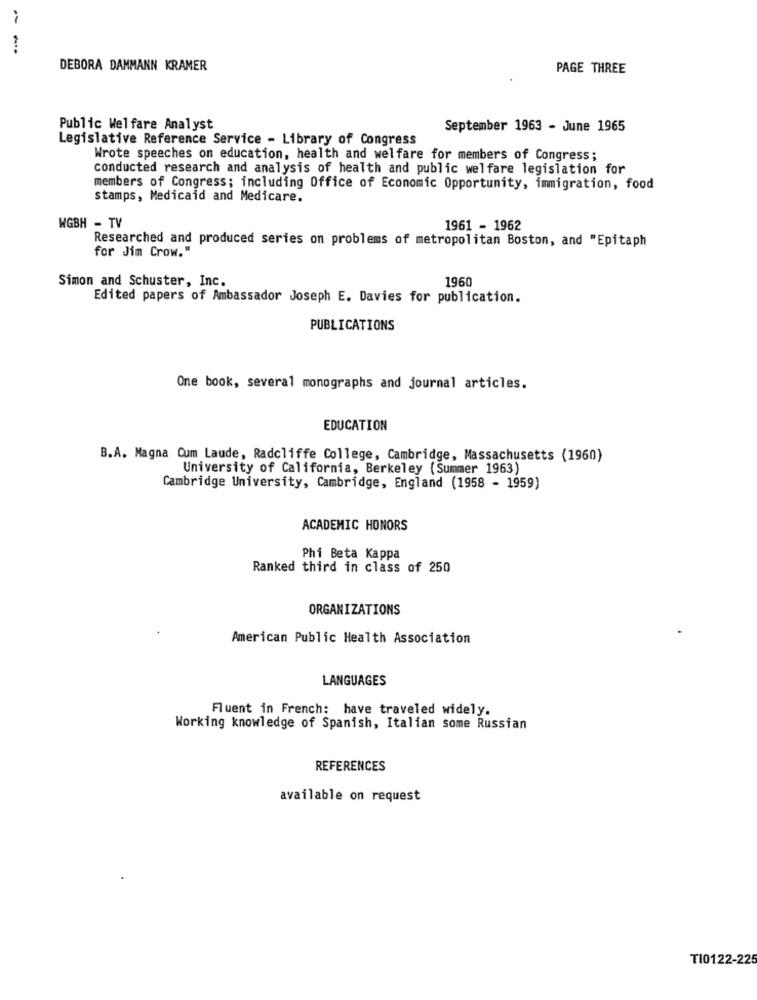
DEBORA DAMMANN KRAMER
PAGE THREE
Public Welfare Analyst
September 1963 - June 1965
Legislative Reference Service - Library of Congress
Wrote speeches on education, health and welfare for members of Congress;
conducted research and analysis of health and public welfare legislation for
members of Congress; including Office of Economic Opportunity, immigration, food
stamps, Medicaid and Medicare.
WGBH - TV
1961 - 1962
Researched and produced series on problems of metropolitan Boston, and "Epitaph
for Jim Crow."
Simon and Schuster, Inc.
1960
Edited papers of Ambassador Joseph E. Davies for publication.
PUBLICATIONS
One book, several monographs and journal articles.
EDUCATION
B.A. Magna Cum Laude, Radcliffe College, Cambridge, Massachusetts (1960)
University of California, Berkeley (Summer 1963)
Cambridge University, Cambridge, England (1958 - 1959)
ACADEMIC HONORS
Phi Beta Kappa
Ranked third in class of 250
ORGANIZATIONS
American Public Health Association
LANGUAGES
Fluent in French: have traveled widely.
Working knowledge of Spanish, Italian some Russian
REFERENCES
available on request
TI0122-225